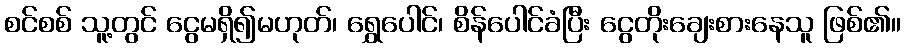
စင်စစ် သူ့တွင် ငွေမရှိ၍မဟုတ်၊ ရွှေပေါင်၊ စိန်ပေါင်ခံပြီး ငွေတိုးချေးစားနေသူ ဖြစ်၏။